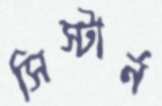
সিস্টার্ন